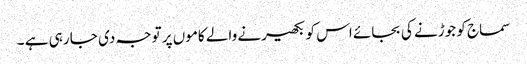
سماج کو جوڑنے کی بجائے اس کو بکھیرنے والے کاموں پر توجہ دی جا رہی ہے ۔